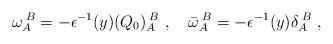
LaTeX: \begin{align*}\omega_A^{\;B}=-\epsilon^{-1}(y)(Q_{0})_A^{\;B}\ ,\quad\bar{\omega}_A^{\;B}=-\epsilon^{-1}(y)\delta_A^{\;B}\ ,\end{align*}